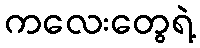
ကလေးတွေရဲ့